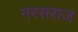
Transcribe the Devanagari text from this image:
नरसराज